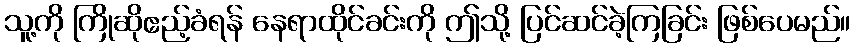
သူ့ကို ကြိုဆိုဧည့်ခံရန် နေရာထိုင်ခင်းကို ဤသို့ ပြင်ဆင်ခဲ့ကြခြင်း ဖြစ်ပေမည်။